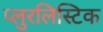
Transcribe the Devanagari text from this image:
प्लुरलिस्टिक